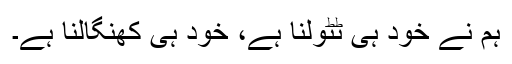
ہم نے خود ہی ٹٹولنا ہے، خود ہی کھنگالنا ہے۔